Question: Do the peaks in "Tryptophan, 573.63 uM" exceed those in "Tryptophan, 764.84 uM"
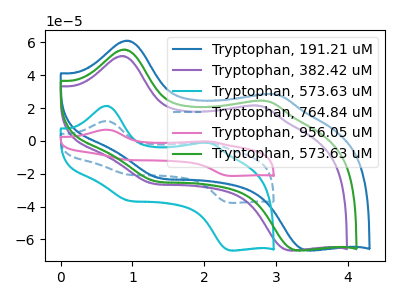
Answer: <think>The blue curve "Tryptophan, 191.21 uM" has anodic peaks at (0.90V, 61.00uA) (3.00V, 28.35uA) and cathodic peaks at (1.40V, -22.75uA) (3.45V, -66.75uA). The purple curve "Tryptophan, 382.42 uM" has anodic peaks at (0.85V, 51.65uA) (2.75V, 21.40uA) and cathodic peaks at (1.30V, -25.95uA) (3.20V, -66.75uA). The cyan curve "Tryptophan, 573.63 uM" has anodic peaks at (0.65V, 21.30uA) (2.05V, -1.25uA) and cathodic peaks at (0.95V, -36.45uA) (2.35V, -66.80uA). The blue dashed curve "Tryptophan, 764.84 uM" has anodic peaks at (0.65V, 12.05uA) (2.05V, -0.70uA) and cathodic peaks at (0.95V, -20.65uA) (2.35V, -37.80uA). The pink curve "Tryptophan, 956.05 uM" has anodic peaks at (0.65V, 24.10uA) (2.05V, -1.40uA) and cathodic peaks at (0.95V, -41.25uA) (2.35V, -75.60uA). The green curve "Tryptophan, 573.63 uM" has anodic peaks at (0.85V, 55.60uA) (2.85V, 24.30uA) and cathodic peaks at (1.30V, -24.60uA) (3.30V, -66.75uA).</think>
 <answer>The peaks in "Tryptophan, 573.63 uM" are neither all higher or all lower than the peaks in "Tryptophan, 764.84 uM".</answer>
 <eval>mixed</eval>